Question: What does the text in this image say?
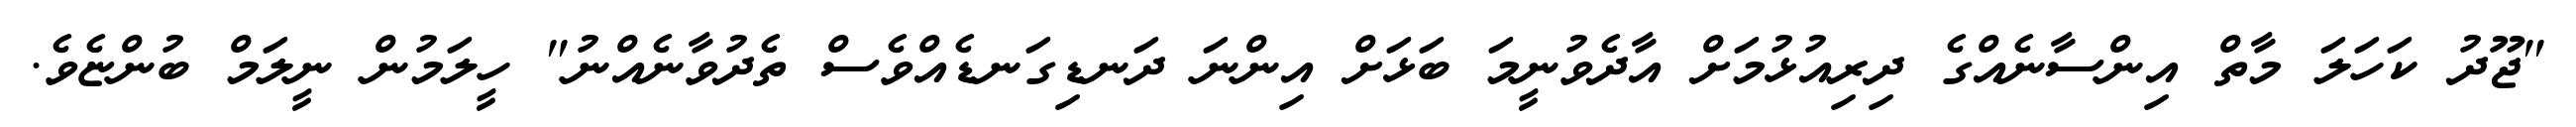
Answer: "ޖޫދު ކަހަލަ މާތް އިންސާނެއްގެ ދިރިއުޅުމަށް އާދެވުނީމަ ބަޅަށް އިންނަ ދަނޑިގަނޑެއްވެސް ތެދުވާނެއްނު" ހީލަމުން ނީލަމް ބުންޏެވެ.